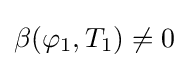
\beta (\varphi _{1},T_{1})\neq 0